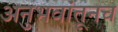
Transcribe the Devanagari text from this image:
अनुभवांतूनच